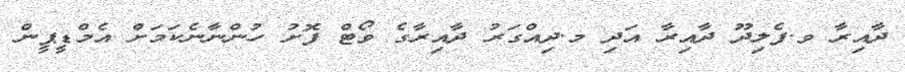
ދާއިރާ ވ.ފެލިދޫ ދާއިރާ އަދި މ.ދިއްގަރު ދާއިރާގެ ވޯޓް ފޮށު ހުންނާނެކަމަށް އެމްޑީޕީން